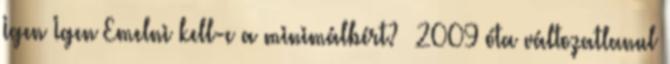
Igen Igen Emelni kell-e a minimálbért? 2009 óta változatlanul